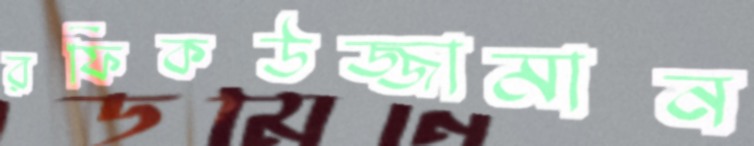
রফিকউজ্জামান